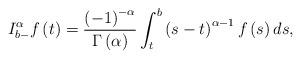
LaTeX: \begin{align*}I_{b-}^{\alpha }f\left( t\right) =\frac{\left( -1\right) ^{-\alpha }}{\Gamma\left( \alpha \right) }\int_{t}^{b}\left( s-t\right) ^{\alpha -1}f\left(s\right) ds,\end{align*}